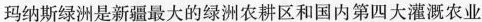
玛纳斯绿洲是新疆最大的绿洲农耕区和国内第四大灌溉农业